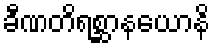
ခီဏတိရစ္ဆာနယောနိ